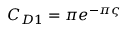
C _ { D 1 } = \pi e ^ { - \pi \varsigma }